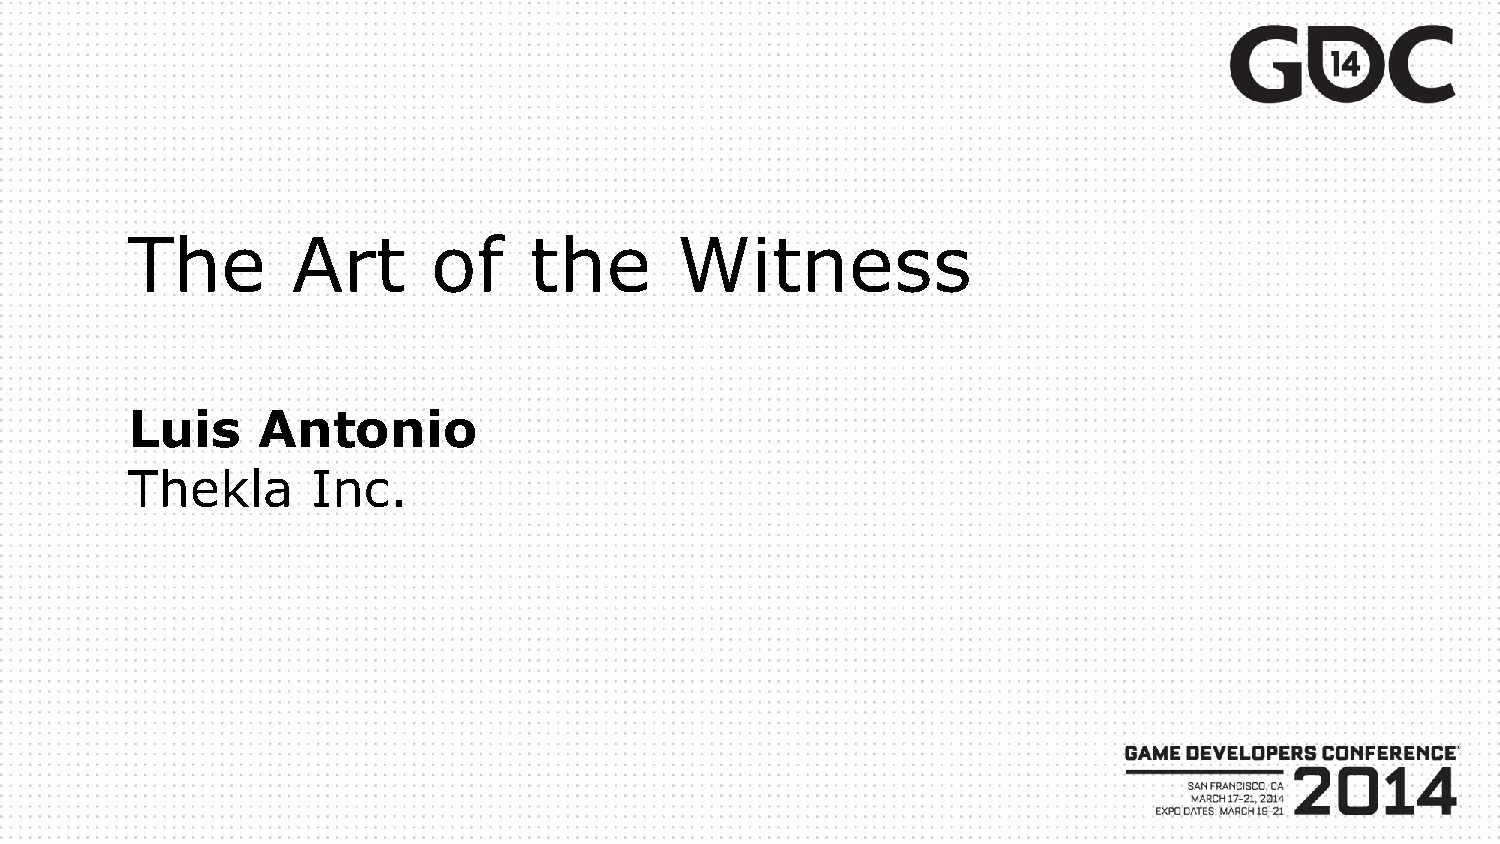
The        Art       of    the       Witness
 Luis     Antonio
 Thekla       Inc.